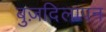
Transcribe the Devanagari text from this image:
बुज़दिलापन